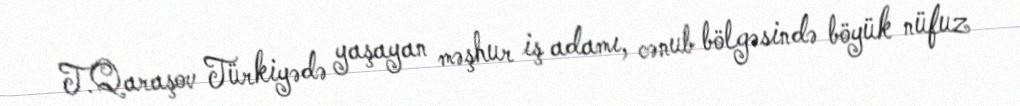
T.Qaraşov Türkiyədə yaşayan məşhur iş adamı, cənub bölgəsində böyük nüfuz